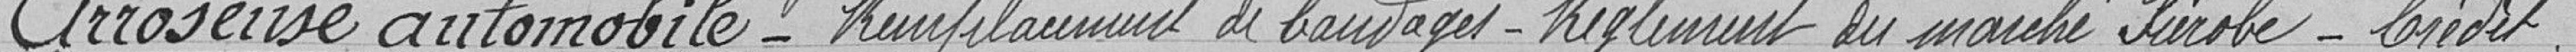
Arroseuse automobile-Remplacement de bandages-Réglement du marché Fiérobe-Crédit